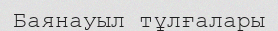
Баянауыл тұлғалары